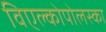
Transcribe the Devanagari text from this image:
विएल्कोपोलस्का